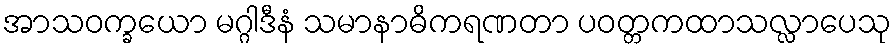
အာသဝက္ခယော မဂ္ဂါဒီနံ သမာနာဓိကရဏတာ ပဝတ္တကထာသလ္လာပေသု